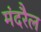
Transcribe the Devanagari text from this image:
मंदरैल